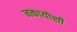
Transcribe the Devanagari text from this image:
नकायोशी